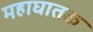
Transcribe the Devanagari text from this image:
महाघातक